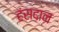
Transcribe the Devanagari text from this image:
हंसदान